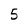
Character: 5